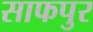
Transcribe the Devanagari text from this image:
साफपुर